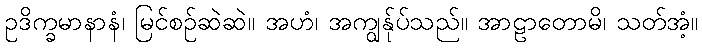
ဥဒိက္ခမာနာနံ၊ မြင်စဉ်ဆဲဆဲ။ အဟံ၊ အကျွန်ုပ်သည်။ အာဠာတောမိ၊ သတ်အံ့။